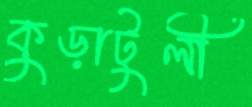
কুড়াটুলী